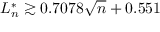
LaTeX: L _ { n } ^ { * } \gtrsim 0 . 7 0 7 8 { \sqrt { n } } + 0 . 5 5 1